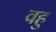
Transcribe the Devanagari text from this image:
वहु